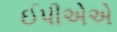
ઈપીએએ